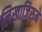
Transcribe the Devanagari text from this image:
लिखाजिसमें